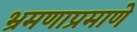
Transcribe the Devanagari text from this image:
भ्रमणाप्रमाणे